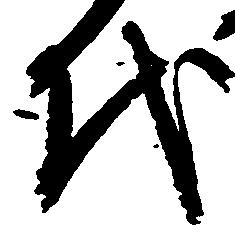
代